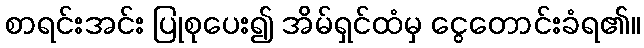
စာရင်းအင်း ပြုစုပေး၍ အိမ်ရှင်ထံမှ ငွေတောင်းခံရ၏။